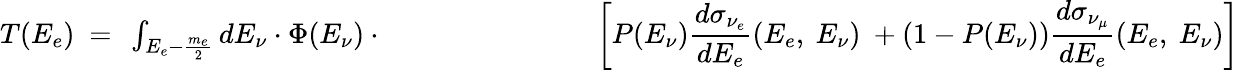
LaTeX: \begin{array}{c}{{T(E_{e})~=~\int_{E_{e}-{\frac{m_{e}}{2}}}dE_{\nu}\cdot\Phi(E_{\nu})\cdot~~~~~~~~~~~~\ ~~~~~~~~~~~~~~~~~{\displaystyle\left[P(E_{\nu}){\frac{d\sigma_{\nu_{e}}}{dE_{e}}}(E_{e},~E_{\nu})~+(1-P(E_{\nu})){\frac{d\sigma_{\nu_{\mu}}}{dE_{e}}}(E_{e},~E_{\nu})\right]}}}\end{array}